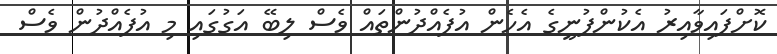
ކޮށްފައިވާއިރު އެކުންފުނީގެ އެހެން އުފެއްދުންތައް ވެސް ލިބޭ އަގުގައި މި އުފެއްދުން ވެސް